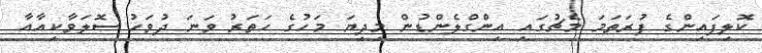
ކޮލިފައިންގެ ފުރަތަމަ މެޗުގައި އިންގްލެންޑުން މިދިޔަ މަހުގެ ހަތަރު ވަނަ ދުވަހު ސޮލަވާކިއާއާ